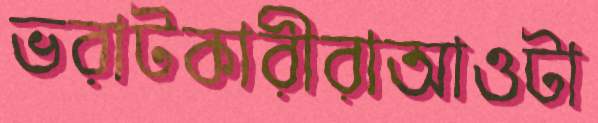
ভরাটকারীরাআওটা